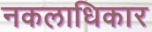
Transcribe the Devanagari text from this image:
नकलाधिकार